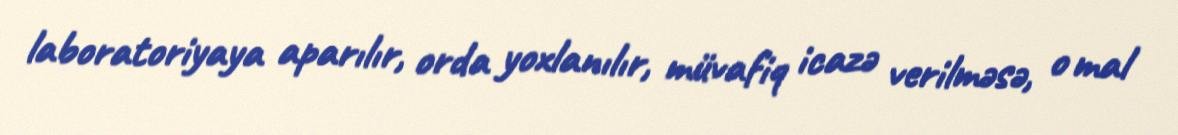
laboratoriyaya aparılır, orda yoxlanılır, müvafiq icazə verilməsə, o mal